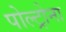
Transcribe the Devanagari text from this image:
पोल्ट्रोना